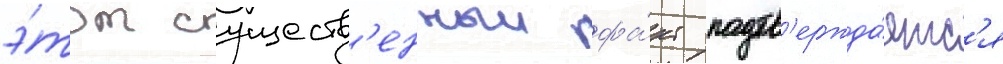
э́тот существ'енныи фа́кт подтв'ержда́етс'я